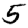
Digit: 5